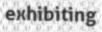
exhibiting